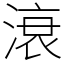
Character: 滖